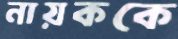
নায়ককে